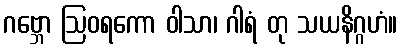
ဂဗ္ဘော ဩဝရကော ဝါသာ၊ ဂါရံ တု သယနိဂ္ဂဟံ။